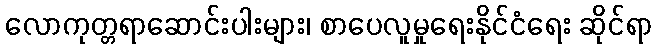
လောကုတ္တရာဆောင်းပါးများ၊ စာပေလူမှုရေးနိုင်ငံရေး ဆိုင်ရာ